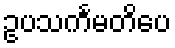
ဥပသင်္ကမတိပေ